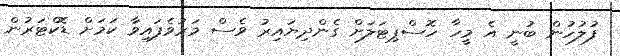
ފުލުހުން ބުނީ އެ މީހާ ހޮސްޕިޓަލަށް ގެންދިޔައިރު ވެސް މަރުވެފައިވާ ކަމަށް ޑޮކްޓަރުން